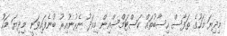
މިދިޔަ މަހުގެ ތަފާސް ހިސާބުތައް ކަސްޓަމްސްއިން މިއަދު ނެރުނުއިރު ބުނެފައިވަނީ މިދިޔަ މަހު